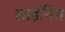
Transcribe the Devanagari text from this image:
लाईनिंग